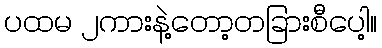
ပထမ ၂ကားနဲ့တော့တခြားစီပေါ့။